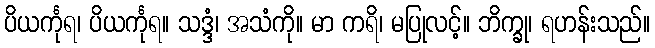
ပိယင်္ကုရ၊ ပိယင်္ကုရ။ သဒ္ဒံ၊ အသံကို။ မာ ကရိ၊ မပြုလင့်။ ဘိက္ခု၊ ရဟန်းသည်။